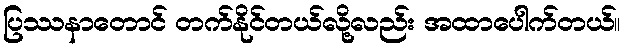
ပြဿနာတောင် တက်နိုင်တယ်လို့လည်း အထာပေါက်တယ်။